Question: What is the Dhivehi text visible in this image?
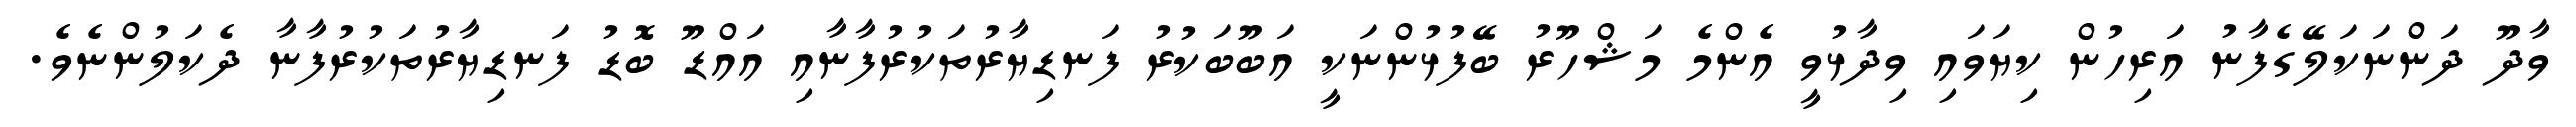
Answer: ވާދޫ ދަންނަކަލޭގެފާނު އަރިހުން ކިޔަވައި ވިދާޅުވީ އެންމެ މަޝްހޫރު ބޭފުޅުންނަކީ އަބޫބަކުރު ފަނޑިޔާރުތަކުރުފާނާއި އައްޑޫ ބޮޑު ފަނޑިޔާރުތަކުރުފާނާ ދެކަލުންނެވެ.